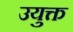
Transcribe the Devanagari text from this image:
उयुक्त